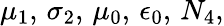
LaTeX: \mu_{1},\, \sigma_{2},\, \mu_{0},\, \epsilon_{0},\, N_{4},